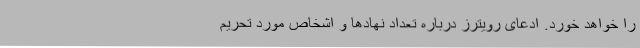
را خواهد خورد. ادعای رویترز درباره تعداد نهادها و اشخاص مورد تحریم